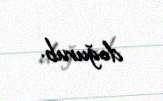
doğurub.